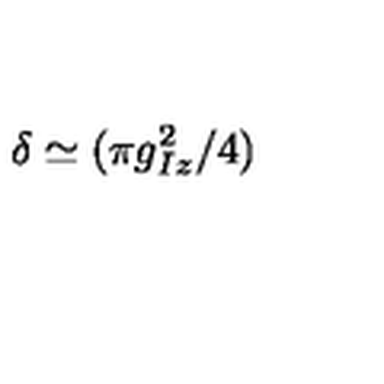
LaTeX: \delta \simeq ( \pi g _ { I z } ^ { 2 } / 4 )